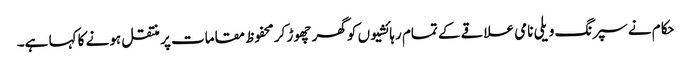
حکام نے سپرنگ ویلی نامی علاقے کے تمام رہائشیوں کو گھر چھوڑ کر محفوظ مقامات پر منتقل ہونے کا کہا ہے۔